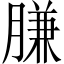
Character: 膁